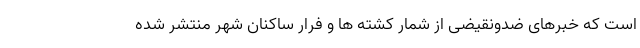
است که خبرهای ضدونقیضی از شمار کشته ها و فرار ساکنان شهر منتشر شده